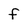
Character: f